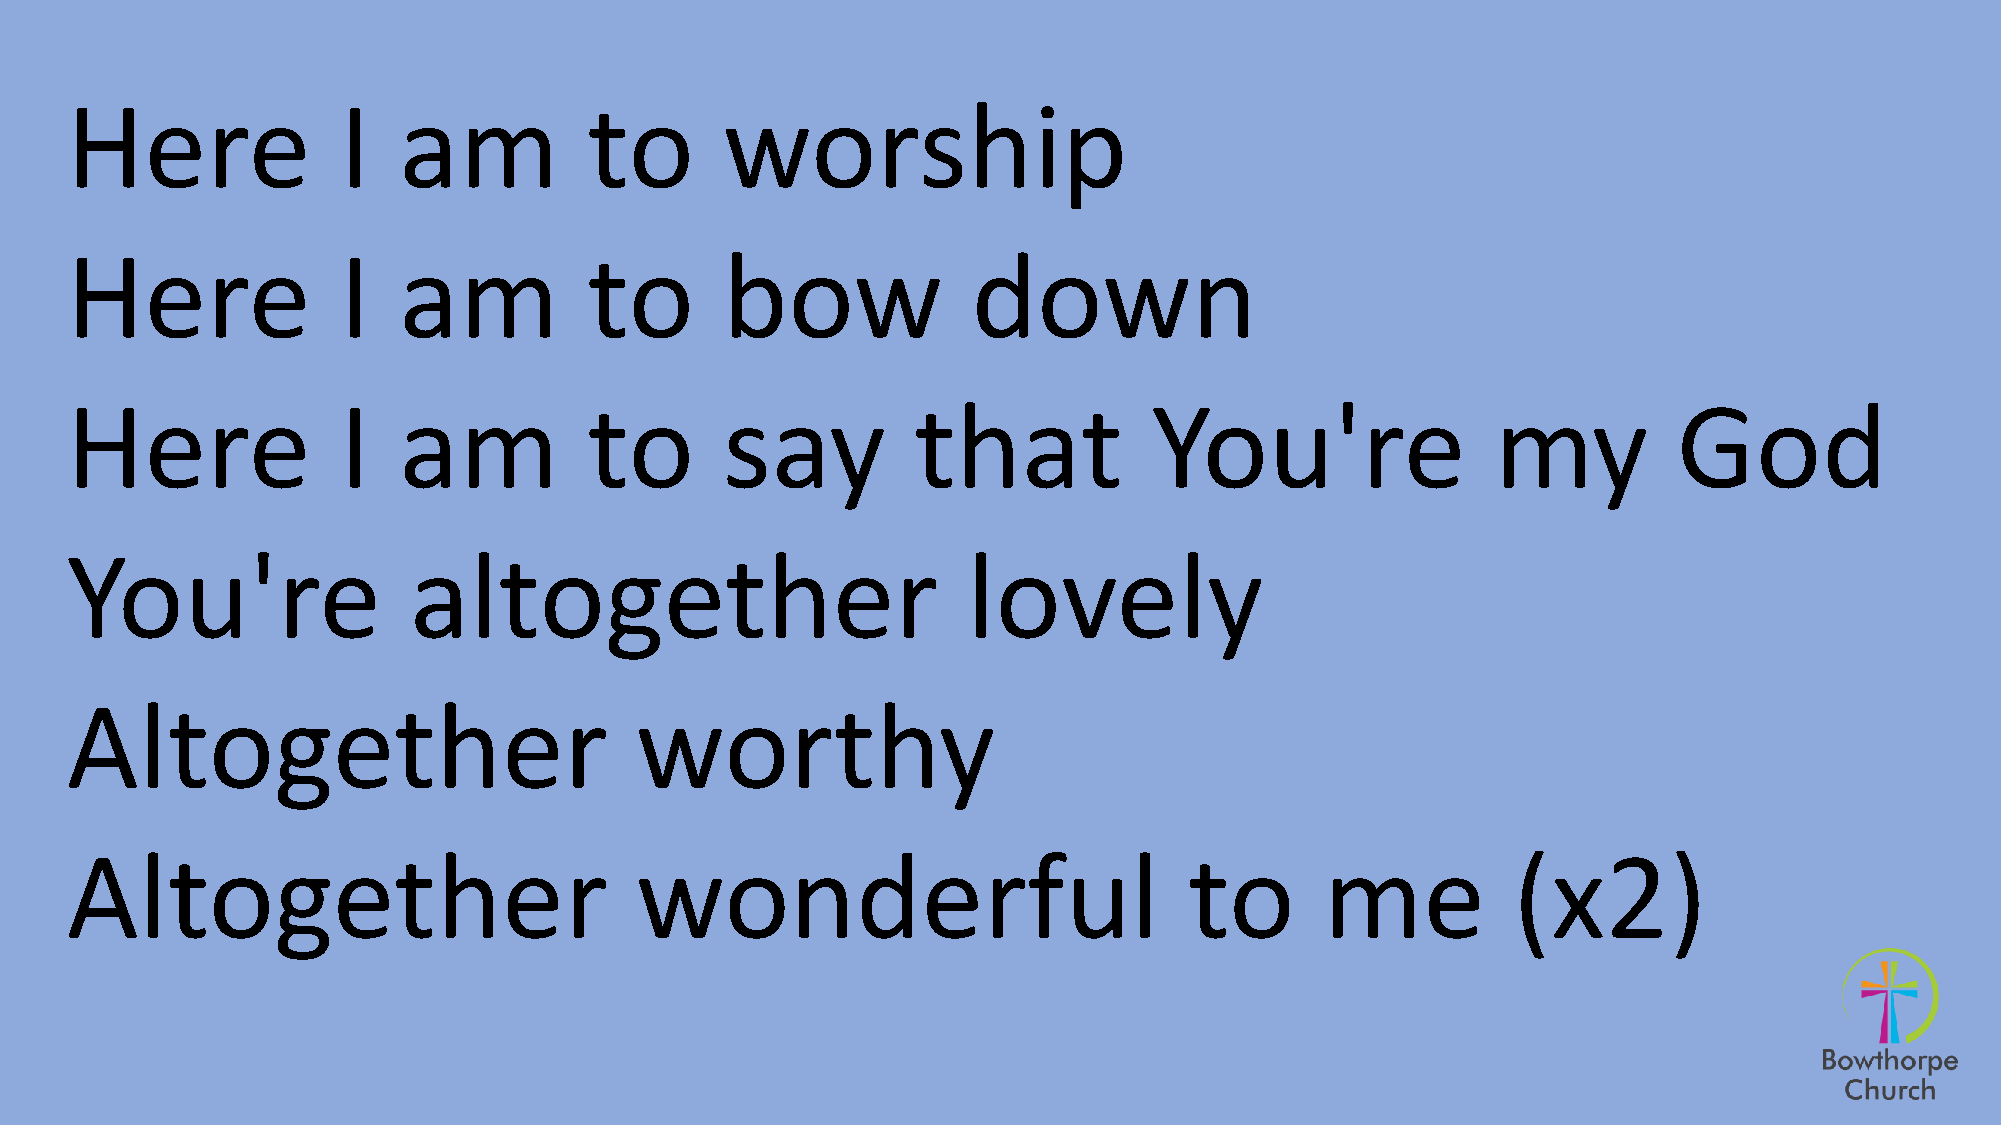
Here              I   am           to       worship
 Here              I   am           to       bow             down
 Here              I   am           to       say         that            You're                 my          God
 You're                 altogether                           lovely
 Altogether                            worthy
 Altogether                            wonderful                            to       me          (x2)